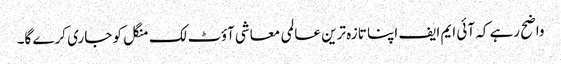
واضح رہے کہ آئی ایم ایف اپنا تازہ ترین عالمی معاشی آؤٹ لک منگل کو جاری کرے گا۔